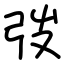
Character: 弢